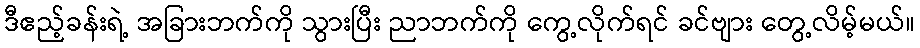
ဒီဧည့်ခန်းရဲ့ အခြားဘက်ကို သွားပြီး ညာဘက်ကို ကွေ့လိုက်ရင် ခင်ဗျား တွေ့လိမ့်မယ်။